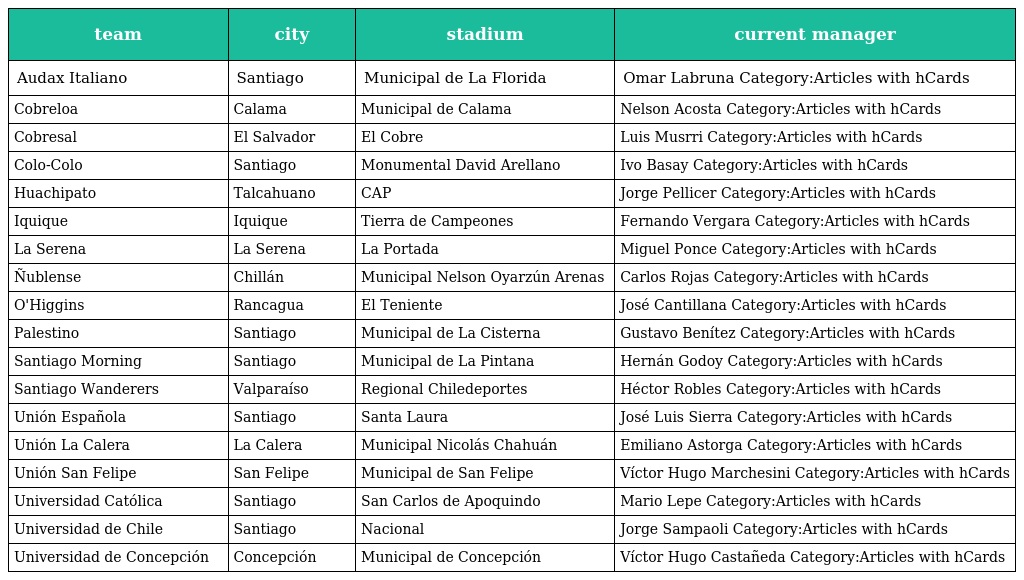
| team | city | stadium | current manager |
 | --- | --- | --- | --- |
 | Audax Italiano | Santiago | Municipal de La Florida | Omar Labruna Category:Articles with hCards |
 | Cobreloa | Calama | Municipal de Calama | Nelson Acosta Category:Articles with hCards |
 | Cobresal | El Salvador | El Cobre | Luis Musrri Category:Articles with hCards |
 | Colo-Colo | Santiago | Monumental David Arellano | Ivo Basay Category:Articles with hCards |
 | Huachipato | Talcahuano | CAP | Jorge Pellicer Category:Articles with hCards |
 | Iquique | Iquique | Tierra de Campeones | Fernando Vergara Category:Articles with hCards |
 | La Serena | La Serena | La Portada | Miguel Ponce Category:Articles with hCards |
 | Ñublense | Chillán | Municipal Nelson Oyarzún Arenas | Carlos Rojas Category:Articles with hCards |
 | O'Higgins | Rancagua | El Teniente | José Cantillana Category:Articles with hCards |
 | Palestino | Santiago | Municipal de La Cisterna | Gustavo Benítez Category:Articles with hCards |
 | Santiago Morning | Santiago | Municipal de La Pintana | Hernán Godoy Category:Articles with hCards |
 | Santiago Wanderers | Valparaíso | Regional Chiledeportes | Héctor Robles Category:Articles with hCards |
 | Unión Española | Santiago | Santa Laura | José Luis Sierra Category:Articles with hCards |
 | Unión La Calera | La Calera | Municipal Nicolás Chahuán | Emiliano Astorga Category:Articles with hCards |
 | Unión San Felipe | San Felipe | Municipal de San Felipe | Víctor Hugo Marchesini Category:Articles with hCards |
 | Universidad Católica | Santiago | San Carlos de Apoquindo | Mario Lepe Category:Articles with hCards |
 | Universidad de Chile | Santiago | Nacional | Jorge Sampaoli Category:Articles with hCards |
 | Universidad de Concepción | Concepción | Municipal de Concepción | Víctor Hugo Castañeda Category:Articles with hCards |